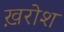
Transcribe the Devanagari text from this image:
ख़रोश